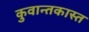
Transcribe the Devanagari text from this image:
कुवान्तकास्त